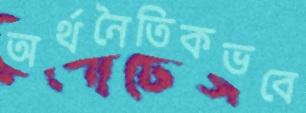
অর্থনৈতিকভবে